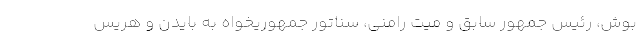
بوش، رئیس جمهور سابق و میت رامنی، سناتور جمهوریخواه به بایدن و هریس